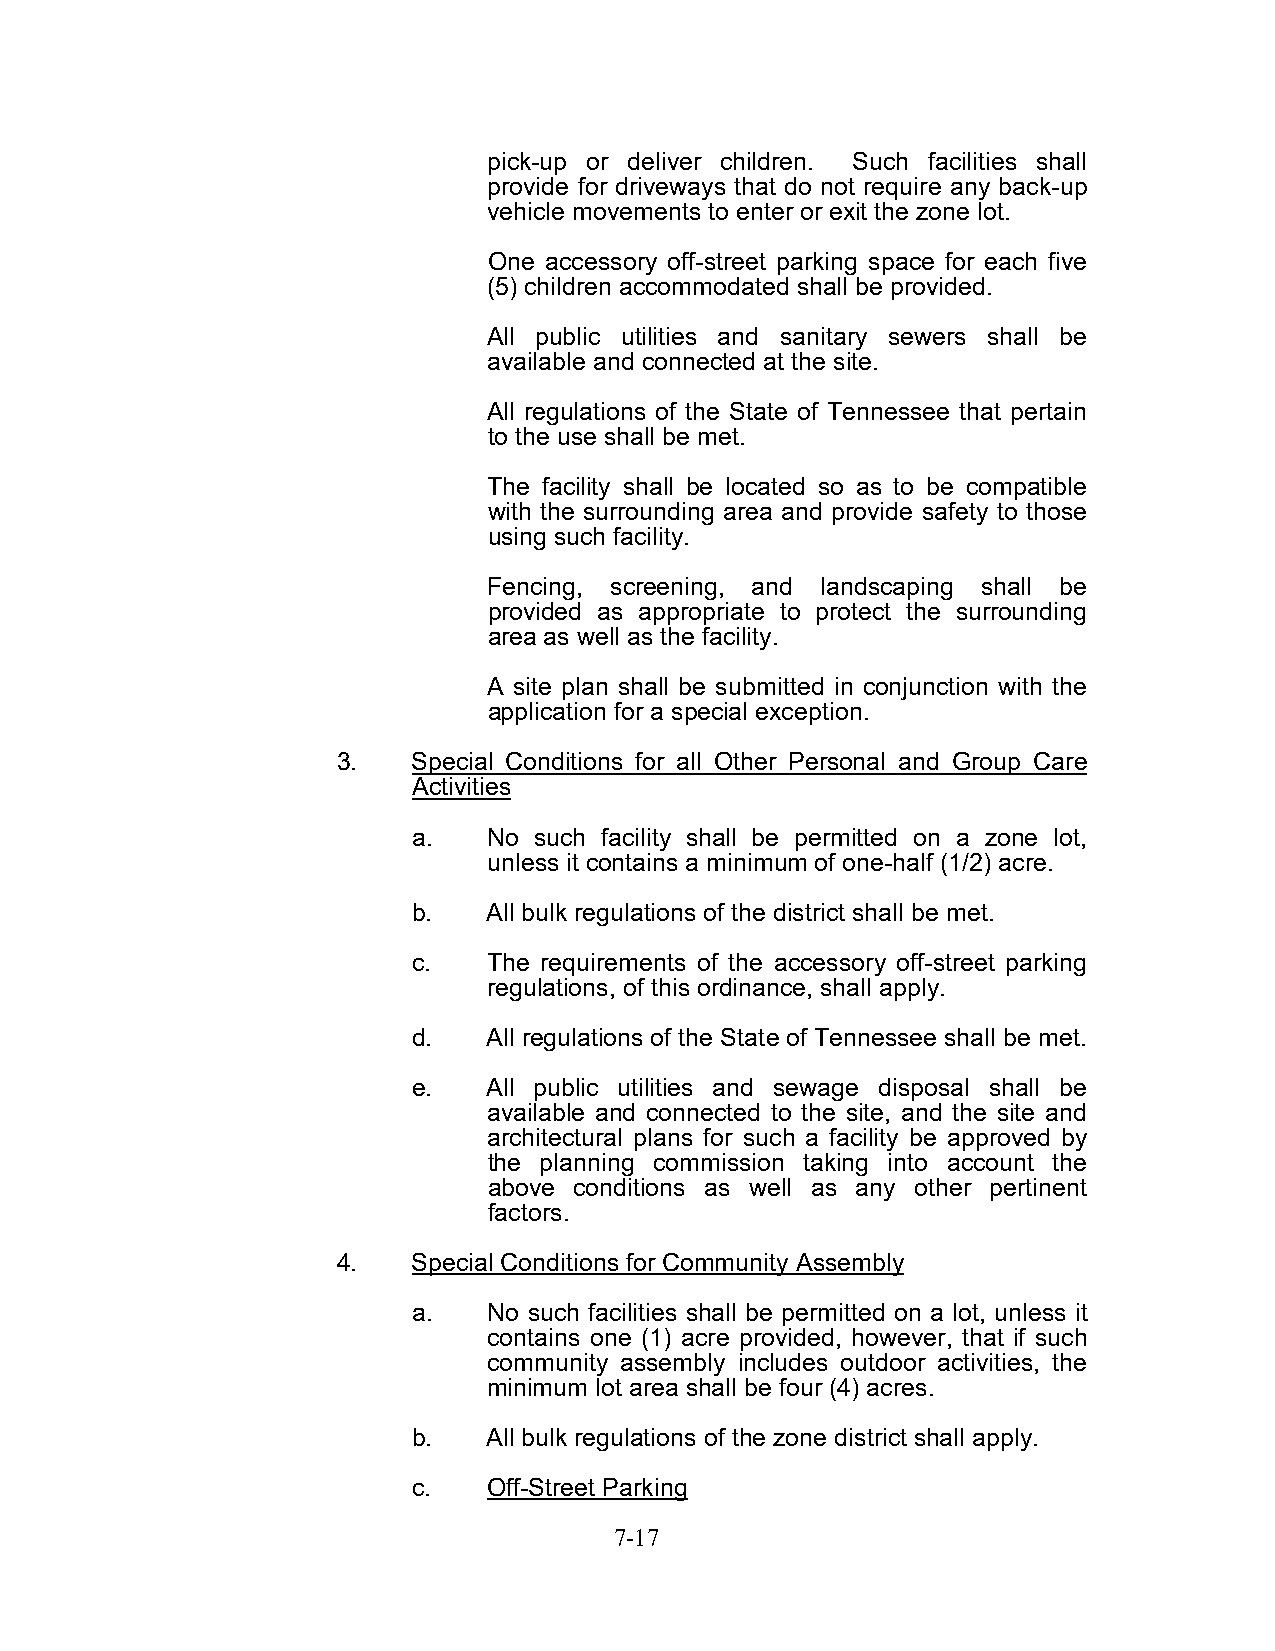
pick-up or deliver children. Such facilities shall
 provide for driveways that do not require any back-up
 vehicle movements to enter or exit the zone lot.
 One accessory off-street parking space for each five
 (5) children accommodated shall be provided.
 All public utilities and sanitary sewers shall be
 available and connected at the site.
 All regulations of the State of Tennessee that pertain
 to the use shall be met.
 The facility shall be located so as to be compatible
 with the surrounding area and provide safety to those
 using such facility.
 Fencing, screening, and landscaping shall be
 provided as appropriate to protect the surrounding
 area as well as the facility.
 A site plan shall be submitted in conjunction with the
 application for a special exception.
 3.   Special Conditions for all Other Personal and Group Care
 Activities
 a.   No such facility shall be permitted on a zone lot,
 unless it contains a minimum of one-half (1/2) acre.
 b.   All bulk regulations of the district shall be met.
 c.   The requirements of the accessory off-street parking
 regulations, of this ordinance, shall apply.
 d.   All regulations of the State of Tennessee shall be met.
 e.   All public utilities and sewage disposal shall be
 available and connected to the site, and the site and
 architectural plans for such a facility be approved by
 the planning commission taking into account the
 above conditions as well as any other pertinent
 factors.
 4.   Special Conditions for Community Assembly
 a.   No such facilities shall be permitted on a lot, unless it
 contains one (1) acre provided, however, that if such
 community assembly includes outdoor activities, the
 minimum lot area shall be four (4) acres.
 b.   All bulk regulations of the zone district shall apply.
 c.   Off-Street Parking
 7-17